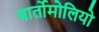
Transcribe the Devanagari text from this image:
बार्तोमोलियो